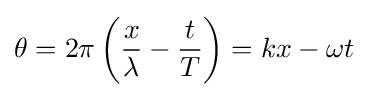
\theta =2\pi \left({\frac {x}{\lambda }}-{\frac {t}{T}}\right)=kx-\omega t